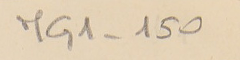
MG1-150